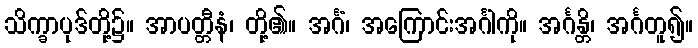
သိက္ခာပုဒ်တို့၌။ အာပတ္တီနံ၊ တို့၏။ အင်္ဂံ၊ အကြောင်းအင်္ဂါကို။ အင်္ဂန္တိ၊ အင်္ဂတူ၍။